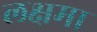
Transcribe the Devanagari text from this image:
लक्षमा